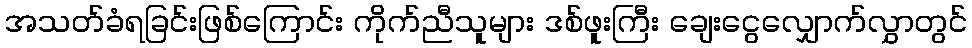
အသတ်ခံရခြင်းဖြစ်ကြောင်း ကိုက်ညီသူများ ဒစ်ဖူးကြီး ချေးငွေလျှောက်လွှာတွင်